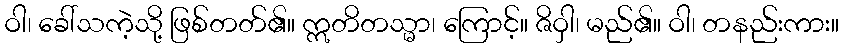
ဝါ၊ ခေါ်သကဲ့သို့ ဖြစ်တတ်၏။ ဣတိတသ္မာ၊ ကြောင့်။ ဇိဝှါ၊ မည်၏။ ဝါ၊ တနည်းကား။